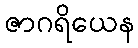
ဇာဂရိယေန